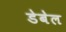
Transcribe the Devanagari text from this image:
डेबेल